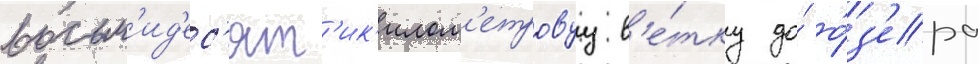
восьм'ид'ес'ят'ик'илом'етровуу в'е́тку до́ о́з'ера